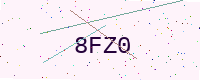
Text: 8FZ0